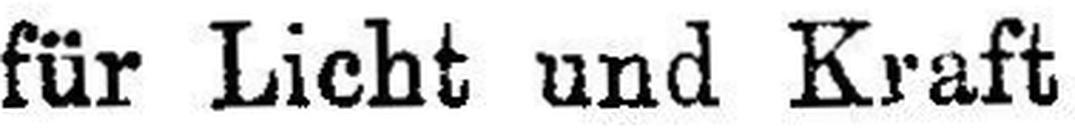
für Licht und Kraft